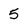
Character: 5